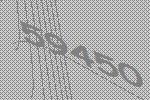
59450